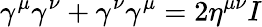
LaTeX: \gamma^{\mu}\gamma^{\nu}+\gamma^{\nu}\gamma^{\mu}=2\eta^{\mu\nu}I